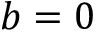
b = 0